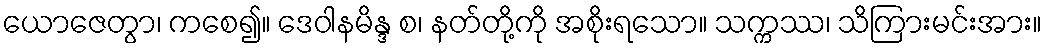
ယောဇေတွာ၊ ကစေ၍။ ဒေဝါနမိန္ဒ စ၊ နတ်တို့ကို အစိုးရသော။ သက္ကဿ၊ သိကြားမင်းအား။